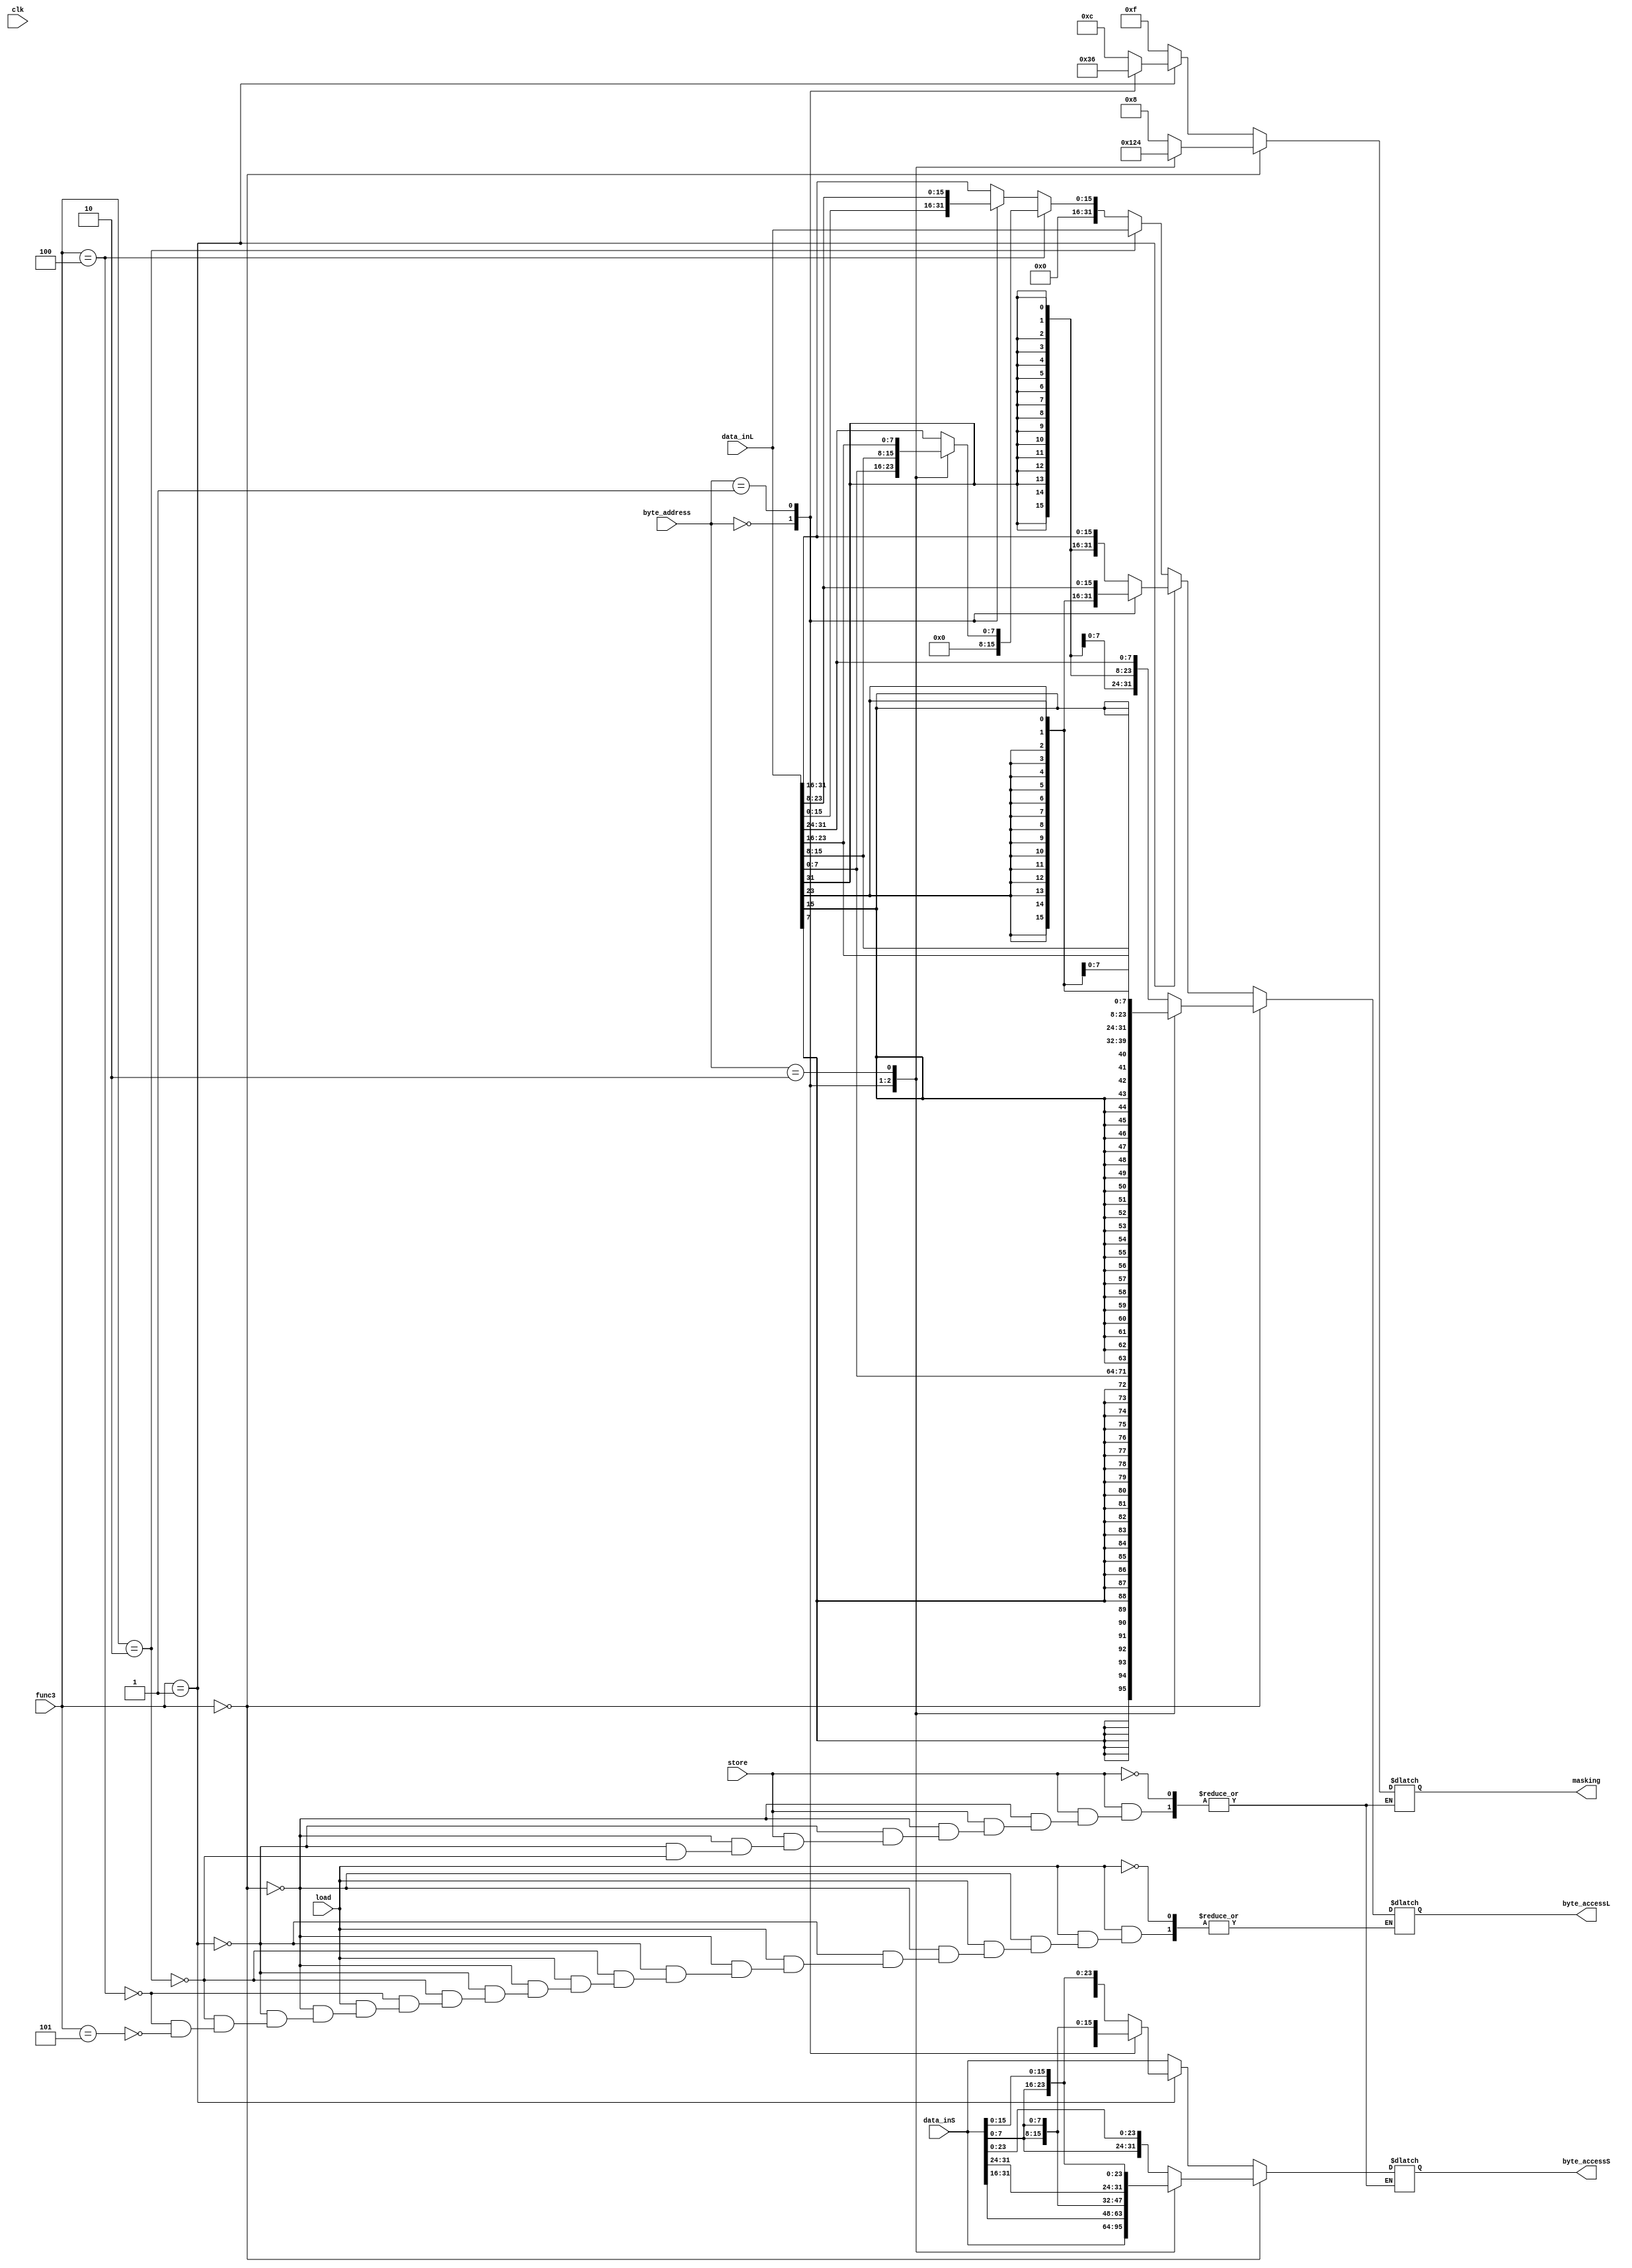
module byte_access (
    input wire        clk,
    input wire        load,   
    input wire        store,   
    input wire [1:0]  byte_address,
    input wire [2:0]  func3,
    input wire [31:0] data_inL,
    input wire [31:0] data_inS,

    output reg [31:0] byte_accessL,
    output reg [31:0] byte_accessS,
    output reg [3:0]  masking
);

    always @(*) begin
        if(load)begin
            if  (func3 == 3'b000)begin                                           //byte
                case (byte_address)
                    2'b00 :  byte_accessL = {{24{data_inL[7]}},data_inL[7:0]};
                    2'b01 :  byte_accessL = {{24{data_inL[15]}},data_inL[15:8]};
                    2'b10 :  byte_accessL = {{24{data_inL[23]}},data_inL[23:16]};
                    default: byte_accessL = {{24{data_inL[31]}},data_inL[31:24]};
                endcase
            end
            else if (func3 == 3'b001)begin                                     //halfword
                case (byte_address)
                    2'b00 :   byte_accessL = {{16{data_inL[15]}},data_inL[15:0]};
                    2'b01 :   byte_accessL = {{16{data_inL[23]}},data_inL[23:8]};
                    default:  byte_accessL = {{16{data_inL[31]}},data_inL[31:16]};                                                                                                                                                                                                                                                                                                                                                         
                endcase
            end
            else if (func3==3'b010)begin                                       //word
                byte_accessL = data_inL;
            end
            else if(func3==3'b100)begin                                       //byte unsigned
                case (byte_address)
                    2'b00 :  byte_accessL = {24'b0,data_inL[7:0]};
                    2'b01 :  byte_accessL = {24'b0,data_inL[15:8]};
                    2'b10 :  byte_accessL = {24'b0,data_inL[23:16]};
                    default: byte_accessL = {24'b0,data_inL[31:24]};
                endcase
            end
            else if(func3==3'b101)begin                                       //half word unsigned
                case (byte_address)
                    2'b00 :  byte_accessL = {16'b0,data_inL[15:0]};
                    2'b01 :  byte_accessL = {16'b0,data_inL[23:8]};
                    default: byte_accessL = {16'b0,data_inL[31:16]};                                                                                                                                                                                                                                                                                                                                                          
                endcase
            end
        end
        if(store)begin
            if(func3==3'b000)begin                                      //byte
               case (byte_address)
                    2'b00: begin
                        masking = 4'b0001;
                        byte_accessS = data_inS;
                    end
                    2'b01: begin
                        masking = 4'b0010;
                        byte_accessS = {data_inS[31:16],data_inS[7:0],data_inS[7:0]};
                    end
                    2'b10: begin
                        masking = 4'b0100;
                        byte_accessS = {data_inS[31:24],data_inS[7:0],data_inS[15:0]};
                    end
                    default : begin // 2'b11
                        masking = 4'b1000;
                        byte_accessS = {data_inS[7:0],data_inS[23:0]};
                    end
                endcase 
            end
            else if(func3==3'b001)begin                                        //halfword
                    case (byte_address)
                        2'b00: begin
                            masking = 4'b0011;
                            byte_accessS = data_inS;
                        end
                        2'b01: begin
                            masking = 4'b0110;
                            byte_accessS = {data_inS[31:24],data_inS[15:0],data_inS[7:0]};
                        end
                        default:begin //2'b10
                            masking = 4'b1100;
                            byte_accessS = {data_inS[15:0],data_inS[15:0]};
                        end
                    endcase   
            end
            else if(func3==3'b010) begin                                        //word
                masking = 4'b1111;
                byte_accessS = data_inS;
            end
        end
    end
endmodule